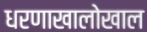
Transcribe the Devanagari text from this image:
धरणाखालोखाल